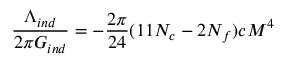
{ \frac { \Lambda _ { i n d } } { 2 \pi G _ { i n d } } } = - { \frac { 2 \pi } { 2 4 } } ( 1 1 N _ { c } - 2 N _ { f } ) c { \cal M } ^ { 4 }